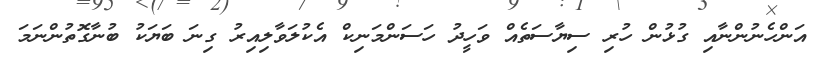
އަންހެނުންނާއި ގުޅުން ހުރި ސިޔާސަތެއް ވަހީދު ހަސަންމަނިކް އެކުލަވާލިއިރު ގިނަ ބަޔަކު ބުނާގޮތުންނަމަ